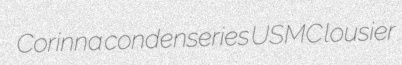
Corinna condenseries USMC lousier